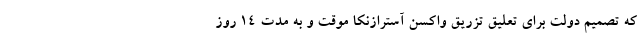
که تصمیم دولت برای تعلیق تزریق واکسن آسترازنکا موقت و به مدت ۱۴ روز